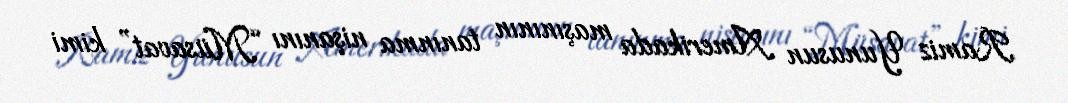
Ramiz Yunusun Amerikada maşınının tanınma nişanını “Müsavat” kimi